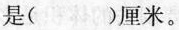
是()厘米。